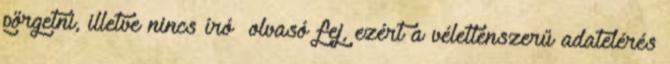
pörgetni, illetve nincs író olvasó fej, ezért a véletlenszerű adatelérés